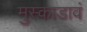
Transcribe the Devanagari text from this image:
मुस्काडावं